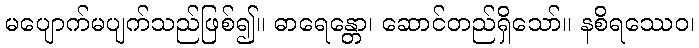
မပျောက်မပျက်သည်ဖြစ်၍။ ဓာရေန္တော၊ ဆောင်တည်ရှိသော်။ နစိရဿေဝ၊